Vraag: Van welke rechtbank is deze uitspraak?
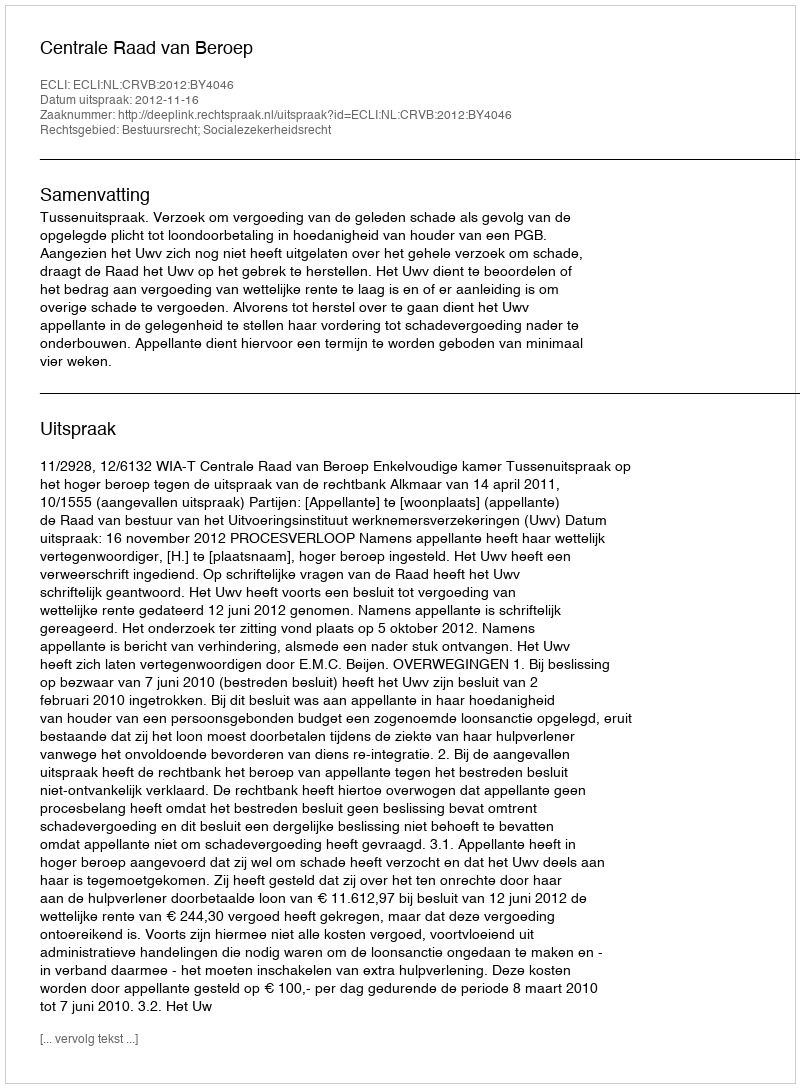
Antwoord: Centrale Raad van Beroep